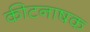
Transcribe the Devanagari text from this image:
कीटनाषक